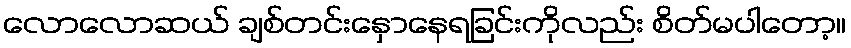
လောလောဆယ် ချစ်တင်းနှောနေရခြင်းကိုလည်း စိတ်မပါတော့။